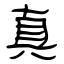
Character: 真